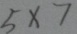
5 \times 7